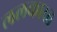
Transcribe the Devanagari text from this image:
ललकारत